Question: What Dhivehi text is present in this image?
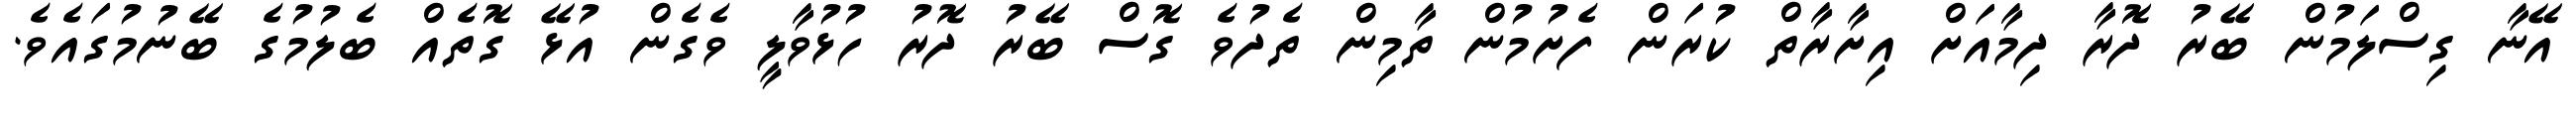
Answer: އޭނާ ގިސްލަމުން ބޭރު ދޮރާ ދިމާއަށް އިށާރާތް ކުރަން ފެށުމުން ތާމިން ތެދުވެ ގޮސް ބޭރު ދޮރު ހުޅުވާލީ ވެގެން އުޅޭ ގޮތެއް ބެލުމުގެ ބޭނުމުގައެވެ.